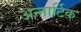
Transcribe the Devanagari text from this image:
अन्तार्टिक